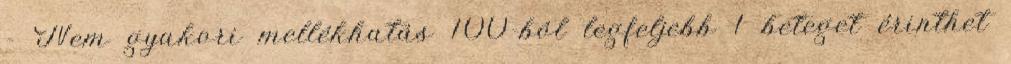
- Nem gyakori mellékhatás 100-ból legfeljebb 1 beteget érinthet